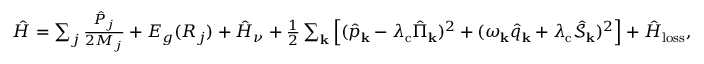
\begin{array} { r } { \hat { H } = \sum _ { j } \frac { \hat { P } _ { j } } { 2 M _ { j } } + E _ { g } ( R _ { j } ) + \hat { H } _ { \nu } + \frac { 1 } { 2 } \sum _ { \mathbf { k } } \left[ ( \hat { p } _ { \bf k } - \lambda _ { \mathrm { c } } \hat { \Pi } _ { \mathbf { k } } ) ^ { 2 } + ( \omega _ { \bf k } \hat { q } _ { \bf k } + \lambda _ { \mathrm { c } } \hat { \mathcal { S } } _ { \mathbf { k } } ) ^ { 2 } \right] + \hat { H } _ { \mathrm { l o s s } } , } \end{array}